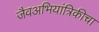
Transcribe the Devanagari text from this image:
जैवअभियांत्रिकीचा